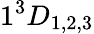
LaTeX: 1^{3}D_{1,2,3}